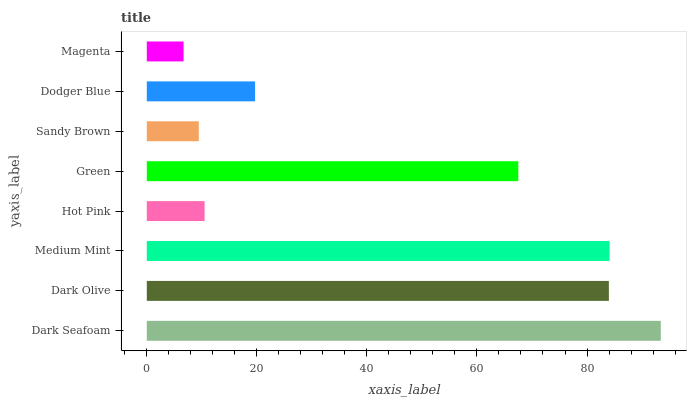
| yaxis_label | bars |
 | --- | --- |
 | Dark Seafoam | 93.4 |
 | Dark Olive | 84 |
 | Medium Mint | 84.1 |
 | Hot Pink | 10.5 |
 | Green | 67.5 |
 | Sandy Brown | 9.45 |
 | Dodger Blue | 19.7 |
 | Magenta | 6.68 |